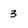
Character: 3